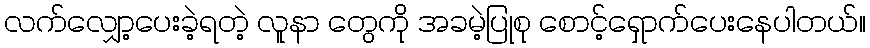
လက်လျှော့ပေးခဲ့ရတဲ့ လူနာ တွေကို အခမဲ့ပြုစု စောင့်ရှောက်ပေးနေပါတယ်။